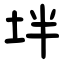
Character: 坢